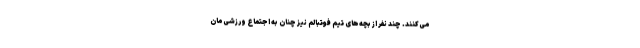
می‌کنند. چند نفر از بچه‌های تیم فوتبالم نیز چنان به اجتماع ورزشی‌مان